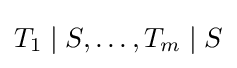
T_{1}\mid S,\ldots ,T_{m}\mid S